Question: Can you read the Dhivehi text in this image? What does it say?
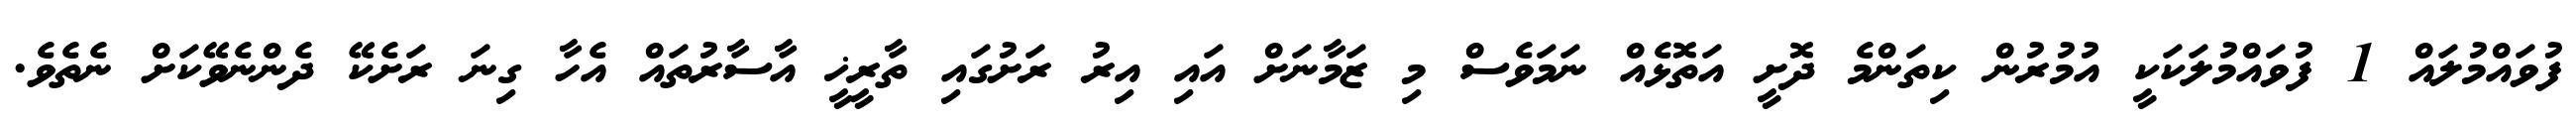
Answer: ފުވައްމުލައް 1 ފުވައްމުލަކަކީ އުމުރުން ކިތަންމެ ދޮށީ އަތޮޅެއް ނަމަވެސް މި ޒަމާނަށް އައި އިރު ރަށުގައި ތާރީޚީ އާސާރުތައް އެހާ ގިނަ ރަށެކޭ ދެންނެވޭކަށް ނެތެވެ.